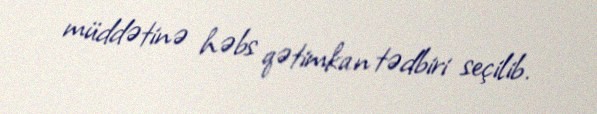
müddətinə həbs qətimkan tədbiri seçilib.